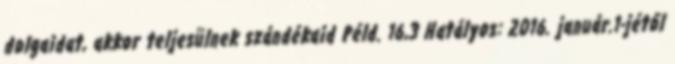
dolgaidat, akkor teljesülnek szándékaid Péld. 16,3 Hatályos: 2016. január.1-jétől